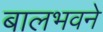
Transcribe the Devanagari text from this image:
बालभवने